Civil Veterinary Department Bengal reports 1923-33 - 1923-1933
Year: 1923
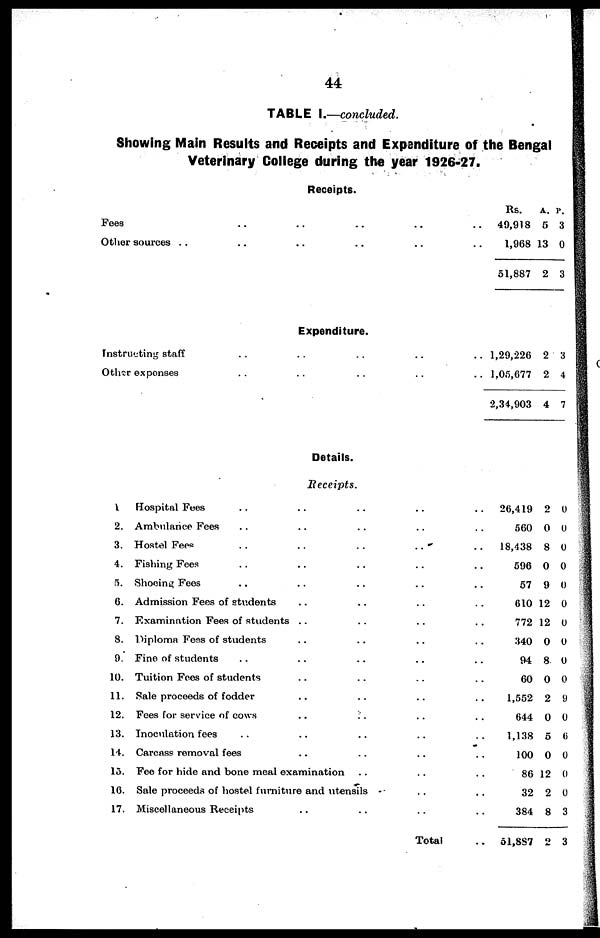
44
TABLE I.—concluded.
Showing Main Results and Receipts and Expenditure of the Bengal
Veterinary College during the year 1926-27.
Receipts.
Foes .. .. .. .. ..
Other sources .. .. .. .. ..
Expenditure.
Instructing staff .. .. .. .. ..
Other expenses .. .. .. .. ..
Details.
Receipts.
1.
2.
3.
4.
5.
6.
7.
8.
9.
10.
11.
12.
13.
14.
15.
10.
17.
Hospital Foes .. .. .. .. ..
Ambulance Fees .. .. .. .. ..
Hostel Fees .. .. .. .. ..
Fishing Fees .. .. .. .. ..
Shoeing Fees .. .. .. ..
Admission Fees of students .. .. .. ..
Examination Fees of students .. .. .. ..
Diploma Fess of students .. .. .. ..
Fine of students .. .. .. ..
Tuition Foes of students .. .. .. ..
Sale proceeds of fodder .. .. .. ..
Foes for service of cows .. .. .. ..
Inoculation fees .. .. .. ..
Carcass removal fees .. .. .. ..
Fee for hide and bone meal examination.. .. ..
Sale proceeds of hostel furniture and utensils .. ..
Miscellaneous Receipts .. .. .. ..
Total ..
Rs.
49,918
1,968
51,887
1,29,226
1,05,677
2,34,903
26,419
560
18,438
596
57
610
772
340
94
60
1,552
644
1,138
100
86
32
384
51,887
A.
5
13
2
2
2
4
2
0
8
0
9
12
12
0
8
0
2
0
5
0
12
2
8
2
P.
3
0
3
3
4
7
0
0
0
0
0
0
0
0
0
0
9
0
0
0
0
0
3
3